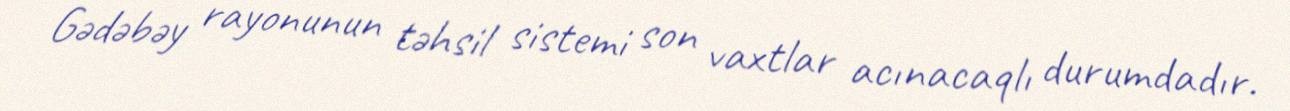
Gədəbəy rayonunun təhsil sistemi son vaxtlar acınacaqlı durumdadır.